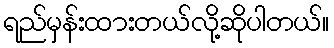
ရည်မှန်းထားတယ်လို့ဆိုပါတယ်။